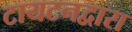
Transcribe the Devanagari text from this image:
टायटनद्वारा